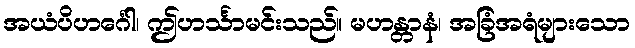
အယံပိဟင်္ဂေါ၊ ဤဟင်္သာမင်းသည်။ မဟန္တာနံ၊ အခြံအရံများသော